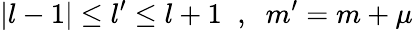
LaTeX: |l-1|\le l^{\prime}\le l+1\; \; ,\; \; m^{\prime}=m+\mu